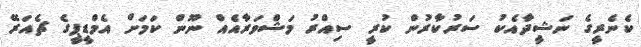
ކެނެރީގެ ނަޝީދާއެކު ސަރުކާރުން ކުރީ ސިއްރު މަޝްވަރާއެއް ނޫން ކަމަށް އެމްޑީޕީގެ ޗެއަރޭ